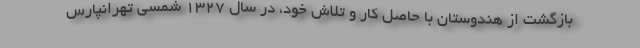
بازگشت از هندوستان با حاصل کار و تلاش خود، در سال ۱۳۲۷ شمسی تهرانپارس